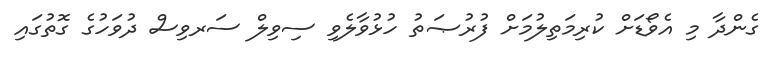
ގެންދާ މި އެވޯޑަށް ކުރިމަތިލުމަށް ފުރުޞަތު ހުޅުވާލެވި ސިވިލް ސަރވިސް ދުވަހުގެ ގޮތުގައި